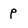
Character: p